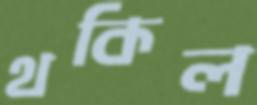
থকিল